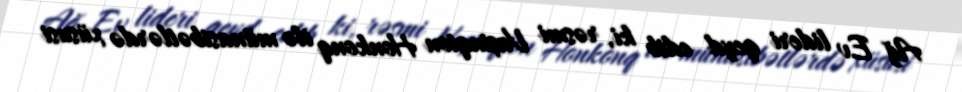
Ağ Ev lideri qeyd edib ki, rəsmi Vaşinqton Honkonq ilə münasibətlərdə xüsusi